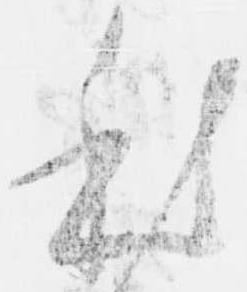
本